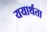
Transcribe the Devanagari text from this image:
ययार्थता